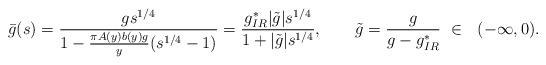
LaTeX: \begin{align*} \bar{g}(s)=\frac{g s^{1/4}}{1-\frac{\pi A(y)b(y)g}{y}(s^{1/4}-1)}=\frac{g_{IR}^* |\tilde{g}|s^{1/4}}{1+|\tilde{g}|s^{1/4}},\ \ \ \ \ \ \tilde{g}=\frac{g}{g-g_{IR}^*}\ \in \ \ ( -\infty,0).\end{align*}